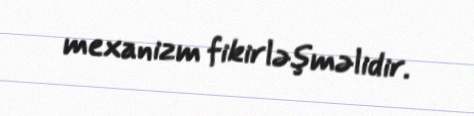
mexanizm fikirləşməlidir.